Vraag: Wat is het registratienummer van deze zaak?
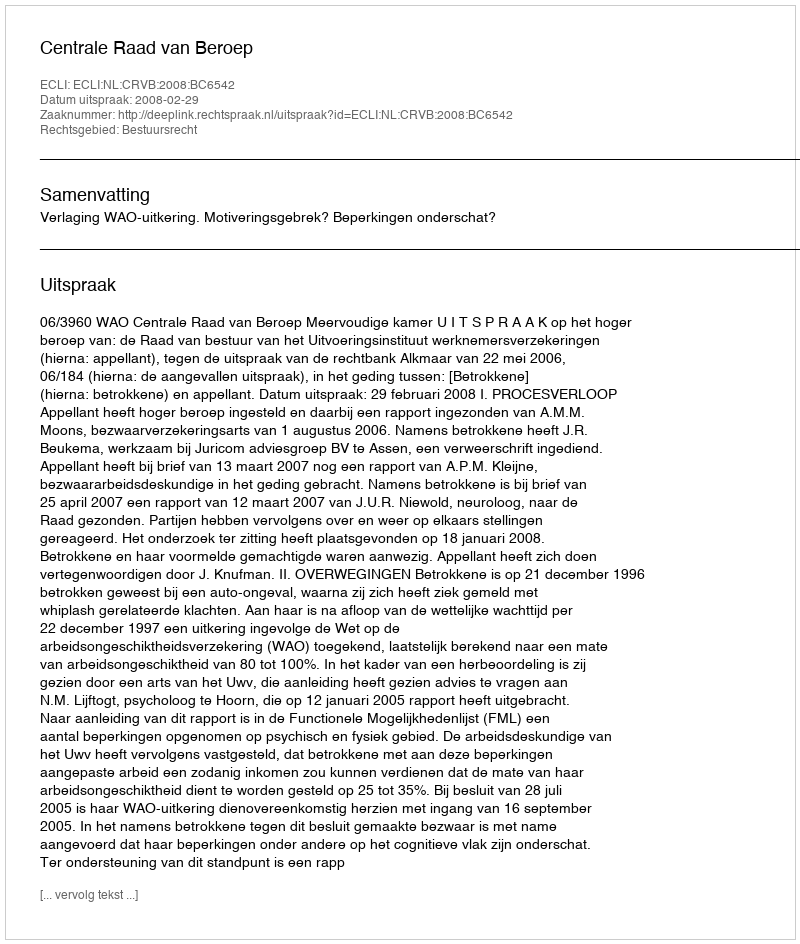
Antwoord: http://deeplink.rechtspraak.nl/uitspraak?id=ECLI:NL:CRVB:2008:BC6542